Civil Veterinary Dept. Bombay admin report 1893-99 - 1893-1899
Year: 1893
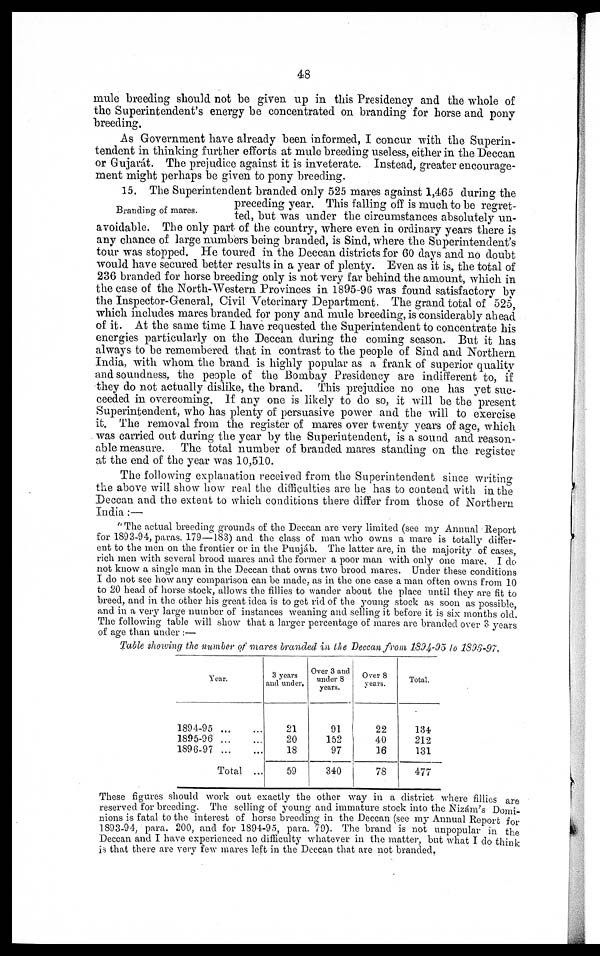
48
mule breeding should not be given up in this Presidency and the whole of
the Superintendent's energy be concentrated on branding for horse and pony
breeding.
As Government have already been informed, I concur with the Superin-
tendent in thinking further efforts at mule breeding useless, either in the Deccan
or Gujarát. The prejudice against it is inveterate. Instead, greater encourage-
ment might perhaps be given to pony breeding.
Branding of mares.
15. The Superintendent branded only 525 mares against 1,465 during the
preceding year. This falling off is much to be regret-
ted, but was under the circumstances absolutely un-
avoidable. The only part of the country, where even in ordinary years there is
any chance of large numbers being branded, is Sind, where the Superintendent's
tour was stopped. He toured in the Deccan districts for 60 days and no doubt
would have secured better results in a year of plenty. Even as it is, the total of
236 branded for horse breeding only is not very far behind the amount, which in
the case of the North-Western Provinces in 1895-96 was found satisfactory by
the Inspector-General, Civil Veterinary Department. The grand total of 525,
which includes mares branded for pony and mule breeding, is considerably ahead
of it. At the same time I have requested the Superintendent to concentrate his
energies particularly on the Deccan during the coming season. But it has
always to be remembered that in contrast to the people of Sind and Northern
India, with whom the brand is highly popular as a frank of superior quality
and soundness, the people of the Bombay Presidency are indifferent to, if
they do not actually dislike, the brand. This prejudice no one has yet suc-
ceeded in overcoming. If any one is likely to do so, it will be the present
Superintendent, who has plenty of persuasive power and the will to exercise
it. The removal from the register of mares over twenty years of age, which
was carried out during the year by the Superintendent, is a sound and reason-
able measure. The total number of branded mares standing on the register
at the end of the year was 10,510.
The following explanation received from the Superintendent since writing
the above will show how real the difficulties are he has to contend with in the
Deccan and the extent to which conditions there differ from those of Northern
India:—
"The actual breeding grounds of the Deccan are very limited (see my Annual Report
for 1893-94, paras. 179—183) and the class of man who owns a mare is totally differ-
ent to the men on the frontier or in the Punjáb. The latter are, in the majority of cases,
rich men with several brood mares and the former a poor man with only one mare. I do
not know a single man in the Deccan that owns two brood mares. Under these conditions
I do not see how any comparison can be made, as in the one case a man often owns from 10
to 20 head of horse stock, allows the fillies to wander about the place until they are fit to
breed, and in the other his great idea is to get rid of the young stock as soon as possible,
and in a very large number of instances weaning and selling it before it is six months old.
The following table will show that a larger percentage of mares are branded over 3 years
of age than under:—
Table showing the number of mares branded in the Deccan from 1894-95 to 1896-97.
Year.
1894-95
...
...
1895-96
...
...
186-97
...
...
Total ...
3 years
and under.
21
20
18
59
Over 3 and
under 8
years.
91
152
97
340
Over 8
years.
22
40
16
78
Total.
134
212
131
477
These figures should work out exactly the other way in a district where fillies are
reserved for breeding. The selling of young and immature stock into the Nizám's Domi-
nions is fatal to the interest of horse breeding in the Deccan (see my Annual Report for
1893-94, para. 200, and for 1894-95, para. 79). The brand is not unpopular in the
Deccan and I have experienced no difficulty whatever in the matter, but what I do think
is that there are very few mares left in the Deccan that are not branded.